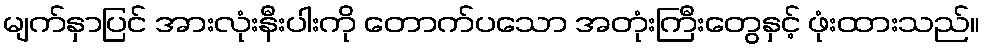
မျက်နှာပြင် အားလုံးနီးပါးကို တောက်ပသော အတုံးကြီးတွေနှင့် ဖုံးထားသည်။